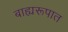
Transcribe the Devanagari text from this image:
बाह्यरूपात